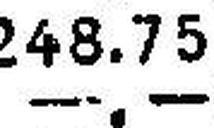
—.—